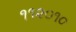
૧૧૨૦૧૦